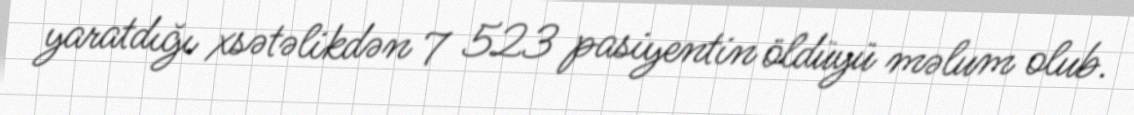
yaratdığı xsətəlikdən 7 523 pasiyentin öldüyü məlum olub.